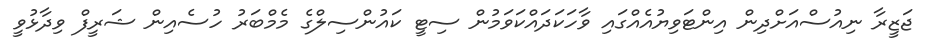
ޖަޒީރާ ނިއުސްއަށްދިން އިންޓަވިޔުއެއްގައި ވާހަކަދައްކަވަމުން ސިޓީ ކައުންސިލްގެ މެމްބަރު ހުސެއިން ޝަރީފް ވިދާޅުވީ